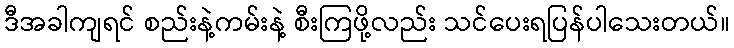
ဒီအခါကျရင် စည်းနဲ့ကမ်းနဲ့ စီးကြဖို့လည်း သင်ပေးရပြန်ပါသေးတယ်။